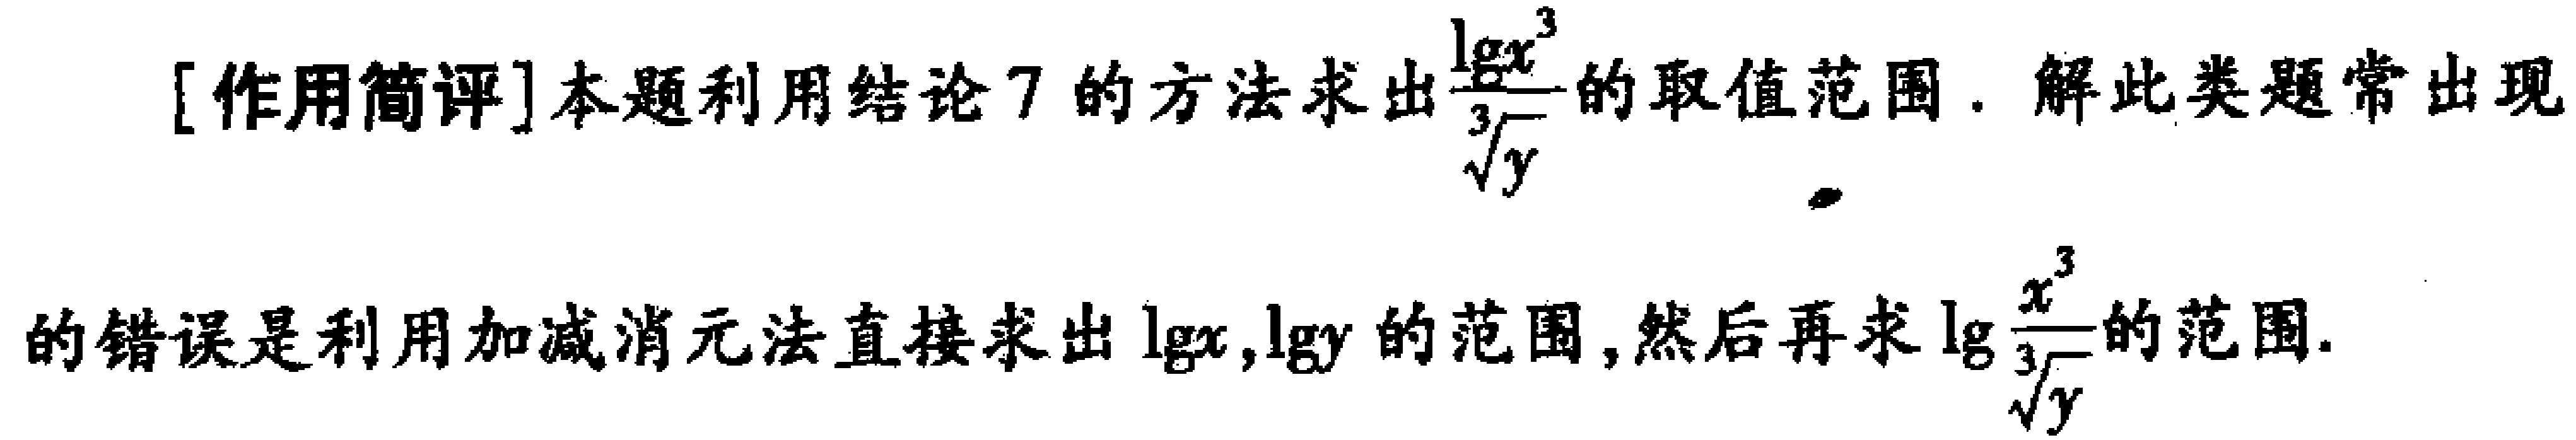
[作用简评]本题利用结论7的方法求出$\frac{\lg x^{3}}{\sqrt[3]{y}}$的取值范围. 解此类题常出现的错误是利用加减消元法直接求出$\lg x,\lg y$的范围,然后再求$\lg\frac{x^{3}}{\sqrt[3]{y}}$的范围.